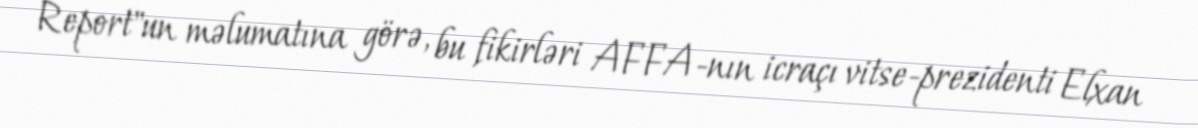
Report"un məlumatına görə, bu fikirləri AFFA-nın icraçı vitse-prezidenti Elxan